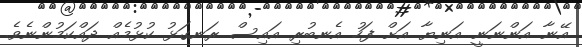
އޭނާ އަންނަނީ އަނިޔާ އަށް ފަހު އެނބުރި އައިސް ރަނގަޅު ކުޅުމެއް ދައްކަމުންނެވެ.